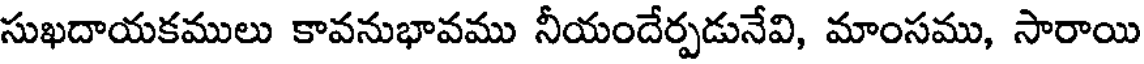
సుఖదాయకములు కావనుభావము నీయందేర్పడునేవి, మాంసము, సారాయి